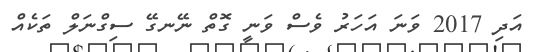
އަދި 2017 ވަނަ އަހަރު ވެސް ވަނީ ގޮތް ނޭނގޭ ސިގްނަލް ތަކެއް